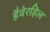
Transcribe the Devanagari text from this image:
हैवेरहिल